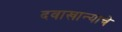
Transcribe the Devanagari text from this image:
दवाखान्याचे